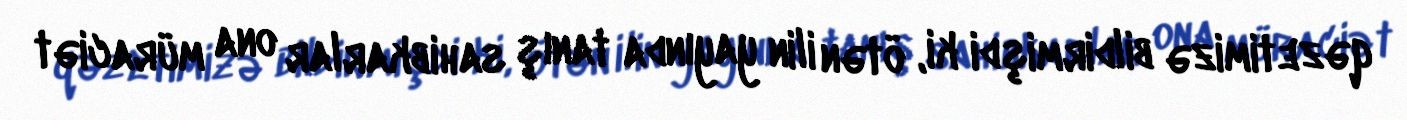
qəzetimizə bildirmişdi ki, ötən ilin yayında tanış sahibkarlar ona müraciət